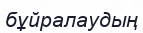
бұйралаудың